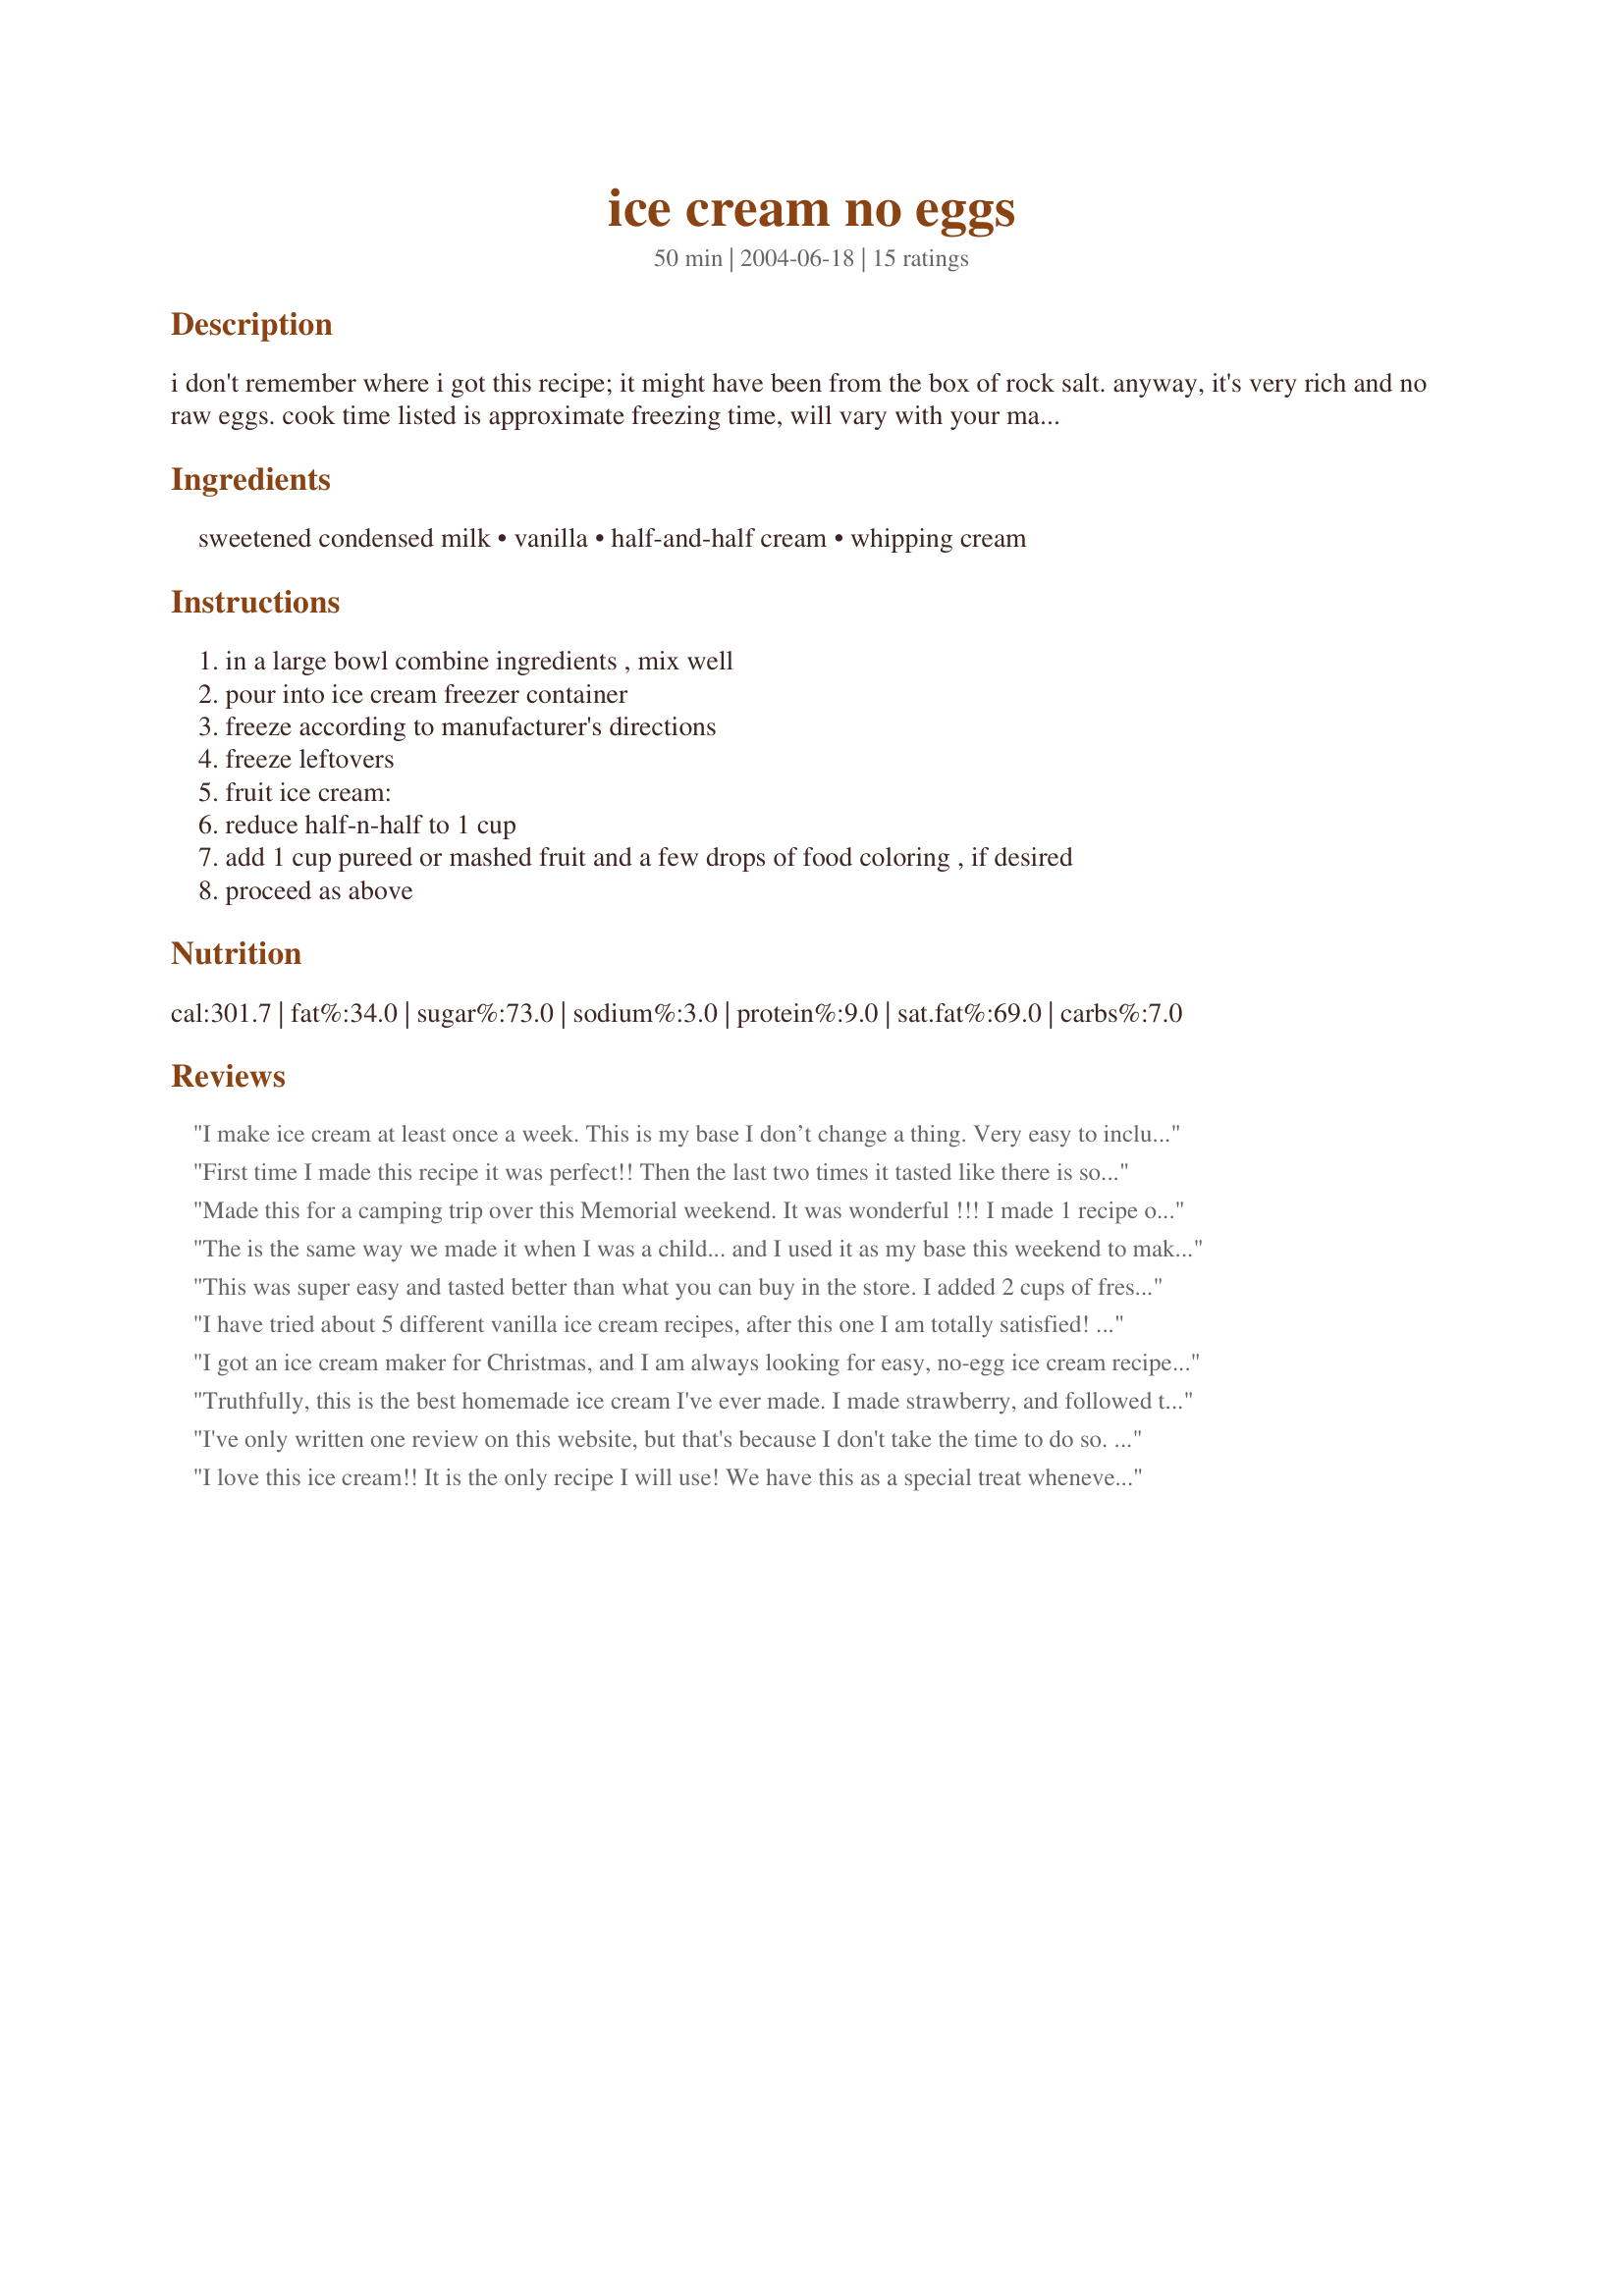
ice cream no eggs
Preparation time: 50 minutes

i don't remember where i got this recipe; it might have been from the box of rock salt. anyway, it's very rich and no raw eggs. cook time listed is approximate freezing time, will vary with your machine.

Ingredients:
sweetened condensed milk, vanilla, half-and-half cream, whipping cream

Steps:
in a large bowl combine ingredients , mix well, pour into ice cream freezer container, freeze according to manufacturer's directions, freeze leftovers, fruit ice cream:, reduce half-n-half to 1 cup, add 1 cup pureed or mashed fruit and a few drops of food coloring , if desired, proceed as above

Reviews:
I make ice cream at least once a week. This is my base I don’t change a thing. Very easy to include add ins.
First time I made this recipe it was perfect!! Then the last two times it tasted like there is some kind of a chemical taste. I used 2 tablespoons of Vanilla. Is that too much?
I had to dump it both times.
Made this for a camping trip over this Memorial weekend. It was wonderful !!! I made 1 recipe of the Vanilla as directed, and was afraid it would not be enough. Someone else had an ice cream freezer and I had some strawberries so we made that according to the directions. Everyone raved about both flavors!!! Thanks so much for sharing.. It will be my go to recipe for sure!!!!
The is the same way we made it when I was a child... and I used it as my base this weekend to make mango and cookies n cream - both were AMAZING!!! Its very rich!
This was super easy and tasted better than what you can buy in the store. I added 2 cups of fresh strawberries and 6 Orio cookies, both pulsed in the food processor for a few seconds. I was worried the ice cream wouldn&#039;t be sweet enough with no sugar added in the recipe, but the sweetened condensed milk provided enough sweetness. The ice cream was creamy and came out of my machine thicker than other recipes I&#039;ve tried. After 90 minutes in the freezer it was perfect! If your on the fence about recipes, stop here. You won&#039;t be disappointed.
I have tried about 5 different vanilla ice cream recipes, after this one I am totally satisfied! I will not be giving this recipe away, it's my secret!

This was so delicious I would give 10 stars if I could. Thank you so much!
I got an ice cream maker for Christmas, and I am always looking for easy, no-egg ice cream recipes. I added the seeds from 3 vanilla beans instead of liquid vanilla. This recipe came together quickly and is churning in the ice cream maker right now. I can't wait!! This one is a keeper!
Truthfully, this is the best homemade ice cream I've ever made. I made strawberry, and followed the directions exactly as written, subbing the pureed fruit for half-n-half, and I also added a few drops of red food coloring. It turned out PERFECT! I served it at our 4th of July cookout and everyone raved, including my dad, who is extremely hard to please when it comes to food. Thanks for this excellent recipe!
I've only written one review on this website, but that's because I don't take the time to do so. I'm only writing this one because it had 8 rating and I think it should have more. It is a great recipe. So many recipes call for uncooked eggs and my daughter cannot eat anything with raw eggs in it. This was great, quick and easy. Thanks!
I love this ice cream!! It is the only recipe I will use! We have this as a special treat whenever the family gets together. We like to top it with chopped butterfingers and reeses cups...yum!!
Amazing! I added oreo cookies and now it is a required dessert at events. So easy and delicious!
This made lovely, rich and creamy ice cream. I made vanilla, and used ~Bliss~' Homemade Sweetened Condensed Milk recipe #126952, in place of canned condensed milk. This worked very well, and I will surely make both recipes again. Thank you very much for such a good recipe.
This has to be the easiest most flavorful ice cream recipe ever! I use no other!
made this for 4th of July, got rave reviews. Definitely a keeper! Thanks!
I ran across this recipe a few days ago and tried it yesterday, it was great! I just need to double the recipe so it will make more and we are going to make it again on July 4th. 
FYI: I froze the remainder of the ice cream and I actually think it was better.
